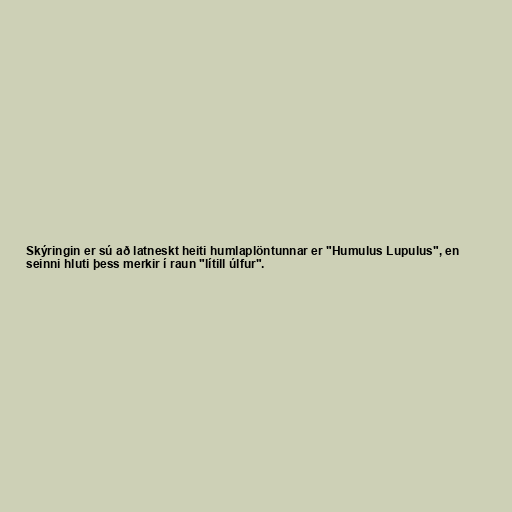
Skýringin er sú að latneskt heiti humlaplöntunnar er "Humulus Lupulus", en
seinni hluti þess merkir í raun "lítill úlfur".